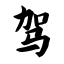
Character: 驾